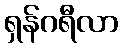
ရှန်ဂရီလာ